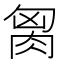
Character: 𰮢